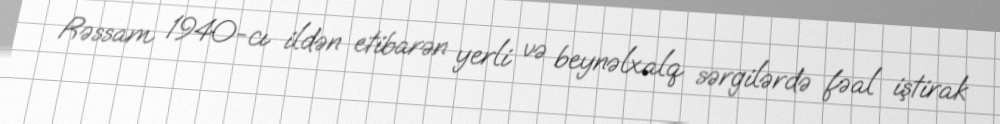
Rəssam 1940-cı ildən etibarən yerli və beynəlxalq sərgilərdə fəal iştirak